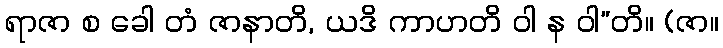
ရာဇာ စ ခေါ တံ ဇာနာတိ, ယဒိ ကာဟတိ ဝါ န ဝါ”တိ။ (ဇာ။